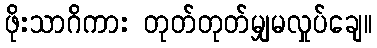
ဖိုးသာဂိကား တုတ်တုတ်မျှမလှုပ်ချေ။